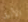
الأنيق